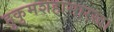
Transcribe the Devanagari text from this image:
हुकुमशहासारखा